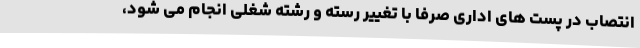
انتصاب در پست های اداری صرفا با تغییر رسته و رشته شغلی انجام می شود،